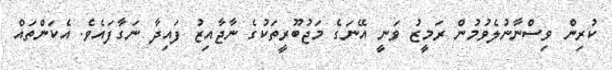
ކުރިން ވިސްނާނުލެވުމުން ރަމީޒު ވަނީ އޭނަގެ މަޖުބޫރީތަކުގެ ނާޖާއިޒު ފައިދާ ނަގާފައެވެ. އެކަންތައް